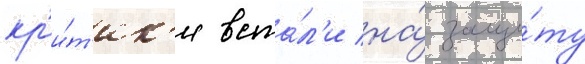
кр'и́т'ик'и вста́л'и на́ защи́ту